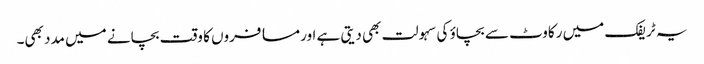
یہ ٹریفک میں رکاوٹ سے بچاؤ کی سہولت بھی دیتی ہے اور مسافروں کا وقت بچانے میں مدد بھی۔